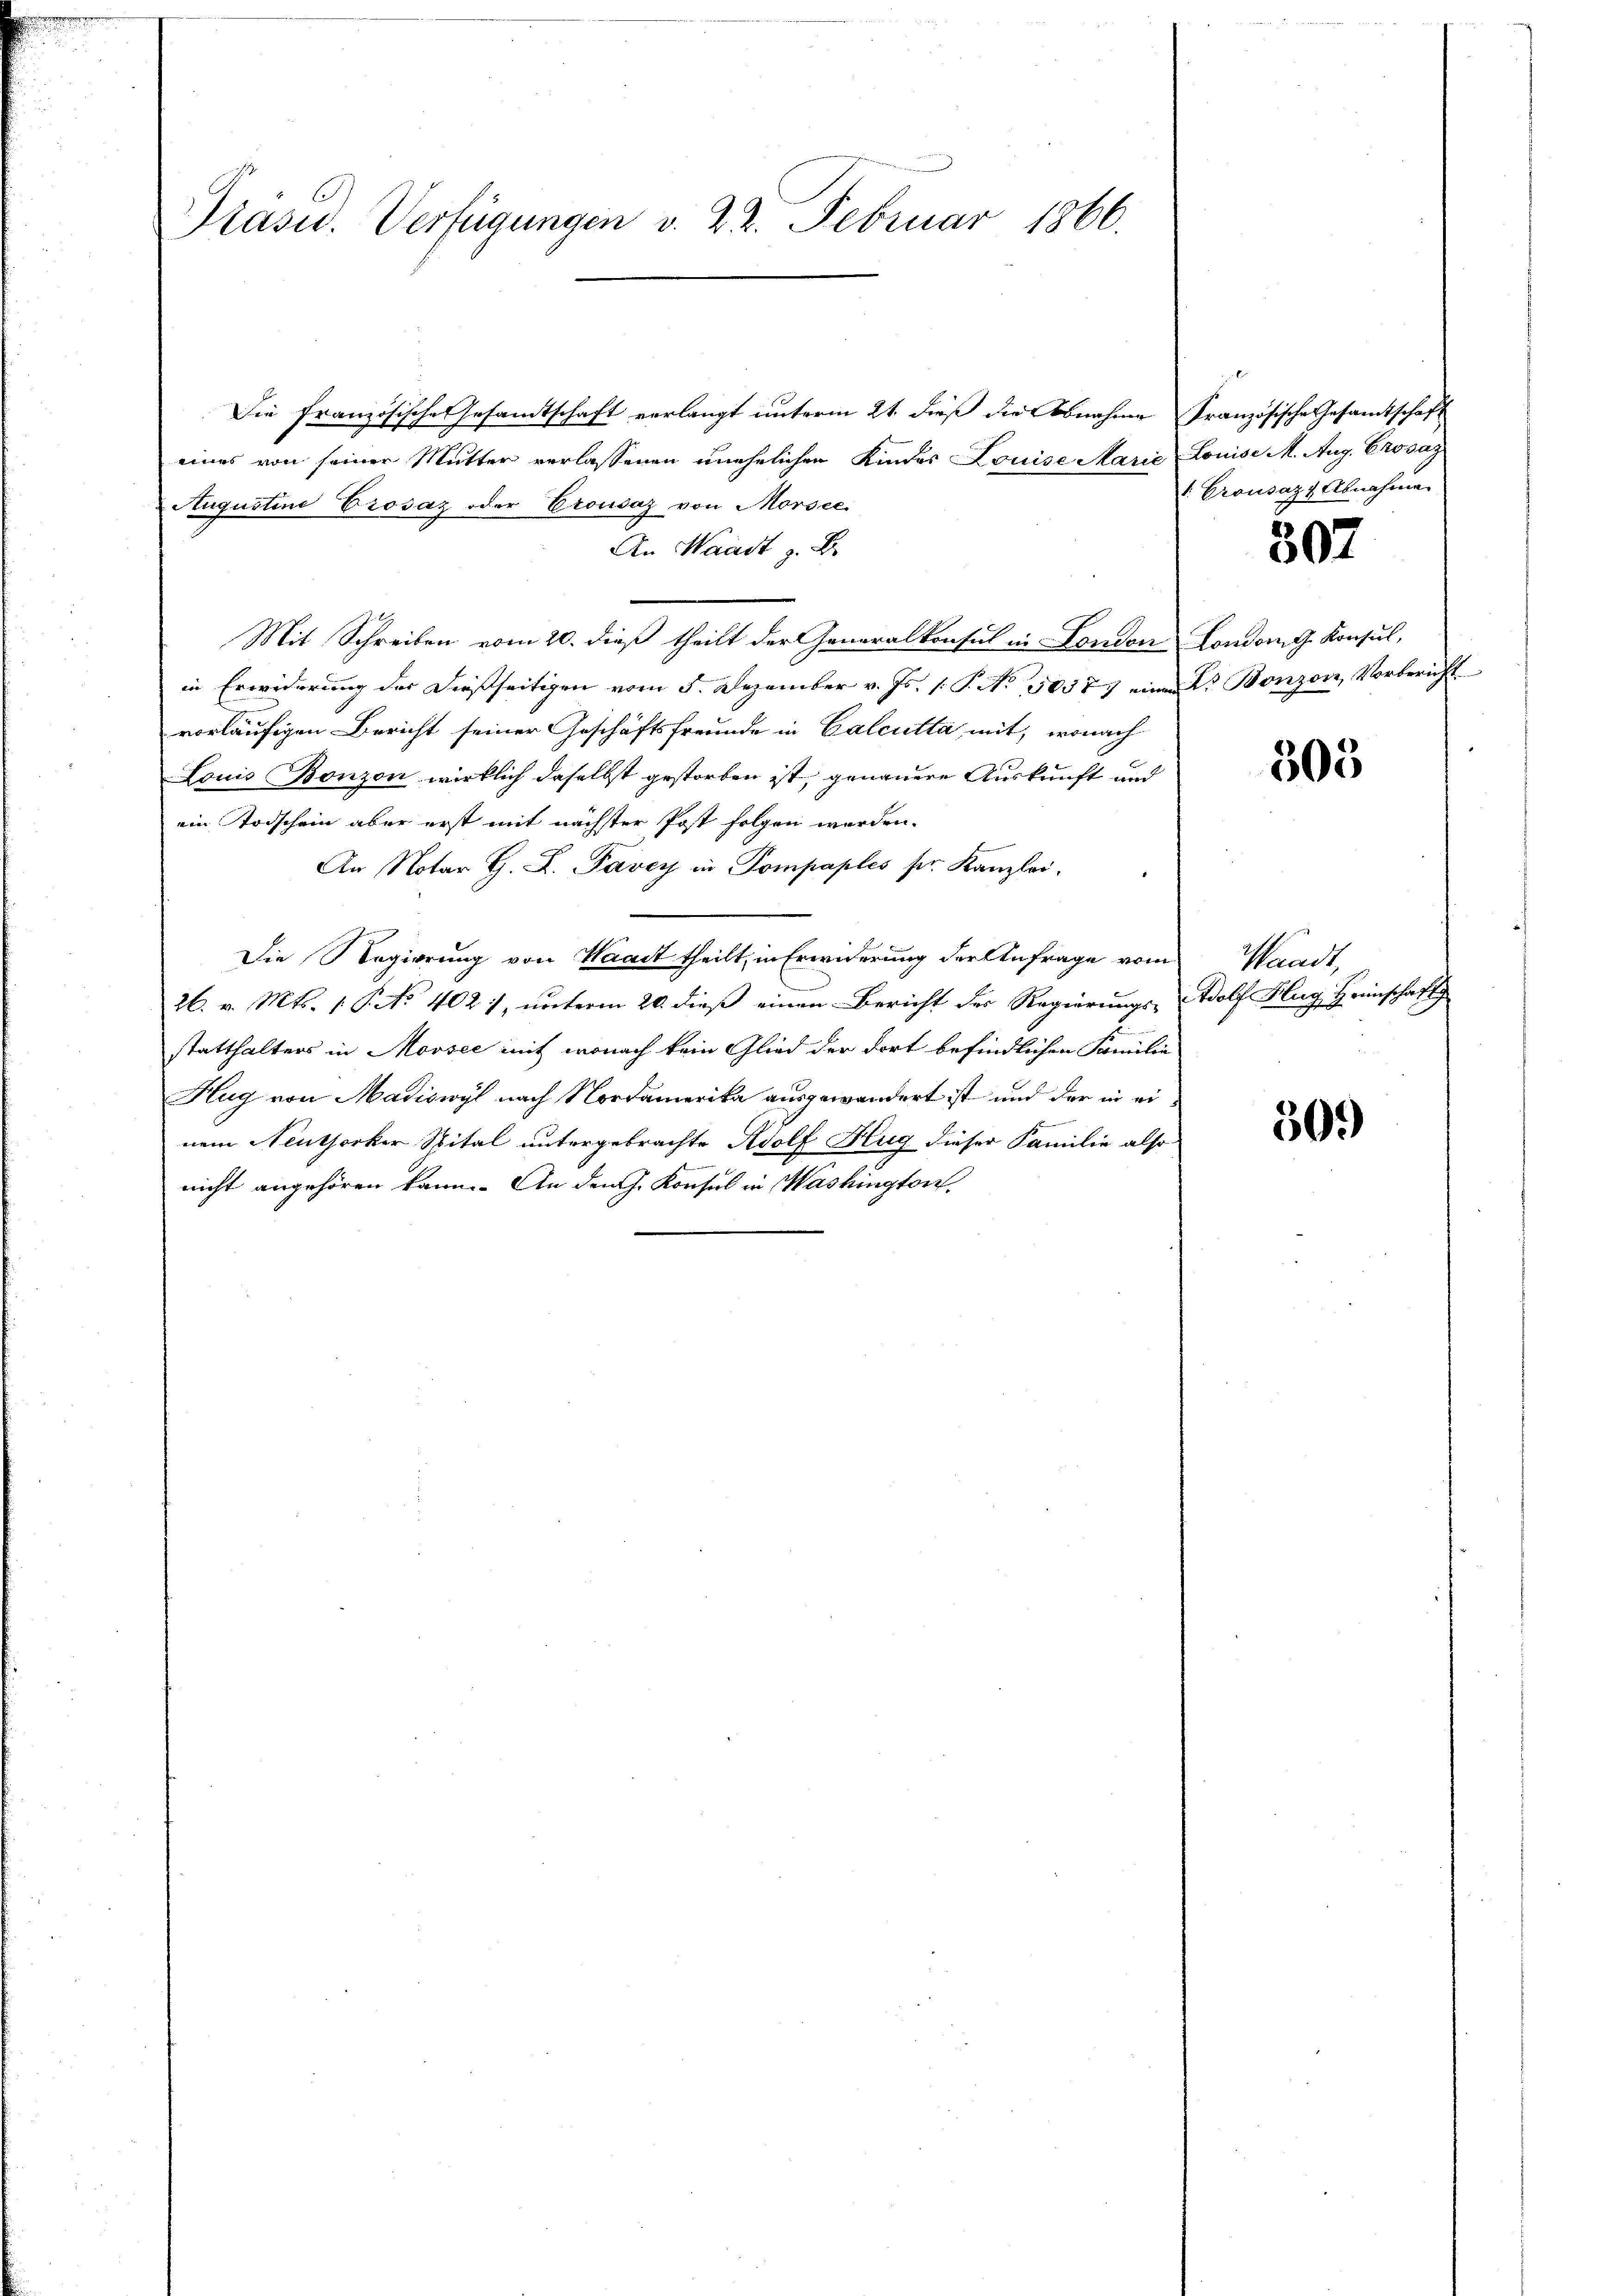
Präsid. Verfügungen v. 22. Februar 1866.

Die französische Gesamtschaft verlangt unterm 21. dieß die Abnahme Französische Gesamtschaft
eines von seiner Mutter verlassenen unehelichen Kindes Louise Marie Louise M. Aug. Crosaz
Augustine Prosaz oder Erousaz von Morsee
An Waadt z. B.
Mit Schreiben vom 20. dieß theilt der Generalkonsul in London London. G. Konsul,
in Erwiderung der dießseitigen vom 5. Dezember v. Js. (T. No 50377 einem K. Bonzon, Vorbericht
vorläufigen Bericht seiner Geschäftsfreunde in Calcutta mit, wonach
Louis Bonzon wirklich daselbst gestorben ist, genauere Auskunft und
ein Todschein aber erst mit nächster Post folgen werden.
An Notar G. P. Pavey in Pompaples sr. Kanzlei.
Die Regierung von Waadt theilt, in Erwiderung der Anfrage vom
26. v. Mts. 1. P. No 402, unterm 20. dieß einen Bericht der Regierungs- Wolf Hug Heimschaft
so
statthalters in Morsee mit, wonach kein Glied der dort befindlichen Familie
Hug von Madiswyl nach Nordamerika ausgewandert ist und der in einem Neuthorker Spital untergebrachte Adolf Hug dieser Familie also
nicht angehören kann. An den J. Konsul in Washington,

1. Crousaz, Abnahme

307

505

Waadt

30.)